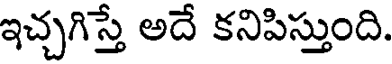
ఇచ్చగిస్తే అదే కనిపిస్తుంది.